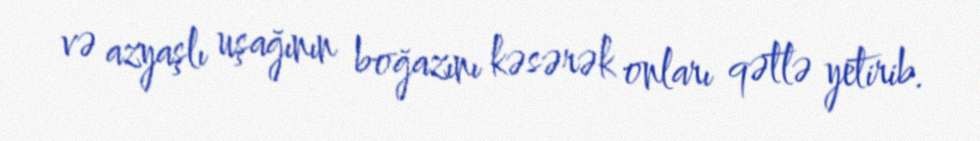
və azyaşlı uşağının boğazını kəsərək onları qətlə yetirib.